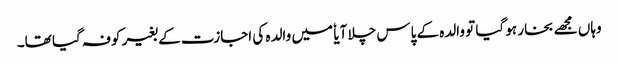
وہاں مجھے بخار ہو گیا تو والدہ کے پاس چلا آیا ٗ میں والدہ کی اجازت کے بغیر کوفہ گیا تھا۔